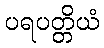
ပရပတ္တိယံ